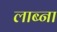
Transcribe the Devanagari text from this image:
लाब्ना